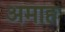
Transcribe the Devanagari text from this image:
अमाह